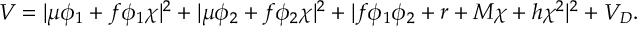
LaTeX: V = | \mu \phi _ { 1 } + f \phi _ { 1 } \chi | ^ { 2 } + | \mu \phi _ { 2 } + f \phi _ { 2 } \chi | ^ { 2 } + | f \phi _ { 1 } \phi _ { 2 } + r + M \chi + h \chi ^ { 2 } | ^ { 2 } + V _ { D } .